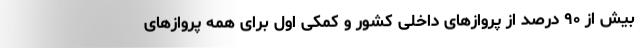
بیش از ۹۰ درصد از پروازهای داخلی کشور و کمکی اول برای همه پروازهای